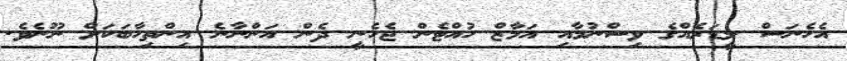
އެހެނަސް ލީޑަރެއްގެ ވިސްނުމާއި އަމާޒް ހުއްޓެން ޖެހެނީ ދެން އަންނާނެ އިންތިހާބަކަށް ނޫނެވެ.